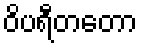
ဝိပရီတတော